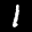
Label: 1